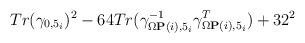
LaTeX: \begin{align*}Tr(\gamma_{0,5_i})^2 - 64Tr(\gamma^{-1}_{\Omega{\bf P}(i),5_i}\gamma^T_{\Omega{\bf P}(i),5_i}) + 32^2\end{align*}